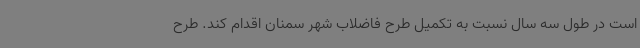
است در طول سه سال نسبت به تکمیل طرح فاضلاب شهر سمنان اقدام کند. طرح